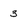
Character: 3